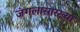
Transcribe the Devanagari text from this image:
जंगलासारख्या